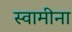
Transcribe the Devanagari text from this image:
स्वामीना